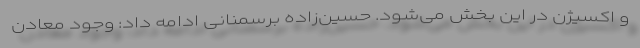
و اکسیژن در این بخش می‌شود. حسین‌زاده برسمنانی ادامه داد: وجود معادن